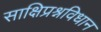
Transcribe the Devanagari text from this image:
साक्षिप्रश्नविधान